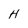
Character: H